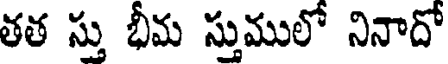
తత స్తు భీమ స్తుములో నినాదో